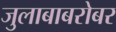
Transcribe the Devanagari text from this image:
जुलाबाबरोबर